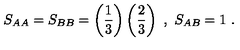
S _ { A A } = S _ { B B } = \left( \frac { 1 } { 3 } \right) \left( \frac { 2 } { 3 } \right) \ , \ S _ { A B } = 1 \ .